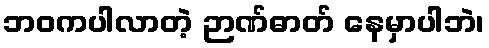
ဘဝကပါလာတဲ့ ဉာဏ်ဓာတ် နေမှာပါဘဲ၊